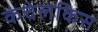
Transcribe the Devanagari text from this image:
कंचेलकिस